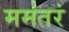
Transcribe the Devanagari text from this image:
ममंतरं